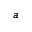
a